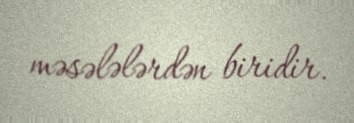
məsələlərdən biridir.